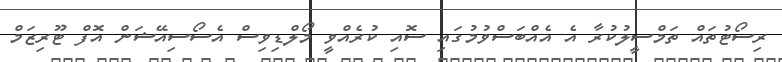
ރިސޯޓުތައް ތަމްސީލުކުރާ އެ އެއްބަސްވުމުގައި ސޮއި ކުރެއްވީ މޯލްޑިވިސް އެސޯސިއޭޝަން އޮފް ޓޫރިޒަމް